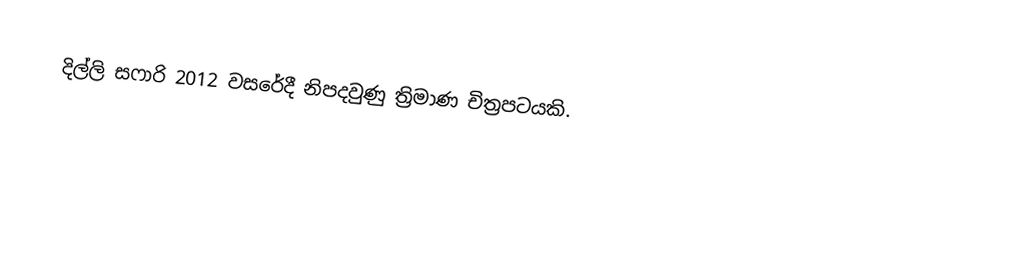
දිල්ලි සෆාරි 2012 වසරේදී නිපදවුණු ත්‍රිමාණ චිත්‍රපටයකි.